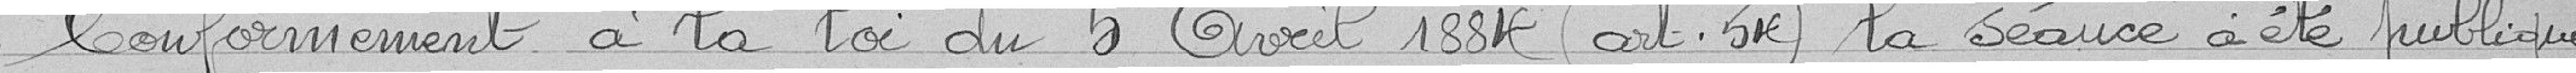
Conformément à la loi du 5 avril 1884 (art. 54) la séance a été publique.